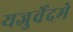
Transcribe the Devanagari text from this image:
यजुर्वेदमे